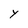
Character: Y